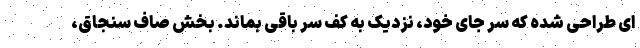
ای طراحی شده که سر جای خود، نزدیک به کف سر باقی بماند. بخش صاف سنجاق،